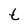
Character: t